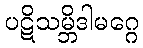
ပဋိသမ္ဘိဒါမဂ္ဂေ